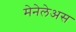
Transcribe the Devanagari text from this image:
मेनेलेअस